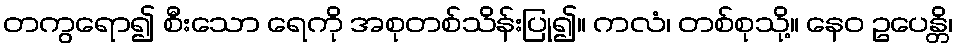
တကွရော၍ စီးသော ရေကို အစုတစ်သိန်းပြု၍။ ကလံ၊ တစ်စုသို့။ နေဝ ဥပေန္တိ၊